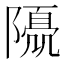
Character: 𨼘